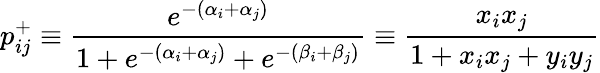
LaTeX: p_{ij}^{+}\equiv\frac{e^{-(\alpha_{i}+\alpha_{j})}}{1+e^{-(\alpha_{i}+\alpha_{j})}+e^{-(\beta_{i}+\beta_{j})}}\equiv\frac{x_{i}x_{j}}{1+x_{i}x_{j}+y_{i}y_{j}}